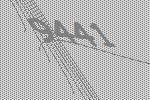
9441